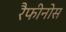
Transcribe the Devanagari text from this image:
रैफीनोस